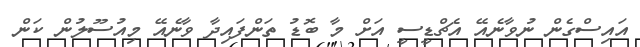
އައިސްގެން ނުވާނެއޭ އެޗްޑީސީ އަށް މާ ބޮޑު ތަންފައިދާ ވާނެއޭ މިއުސޫލުން ކަން